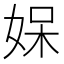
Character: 𭑼